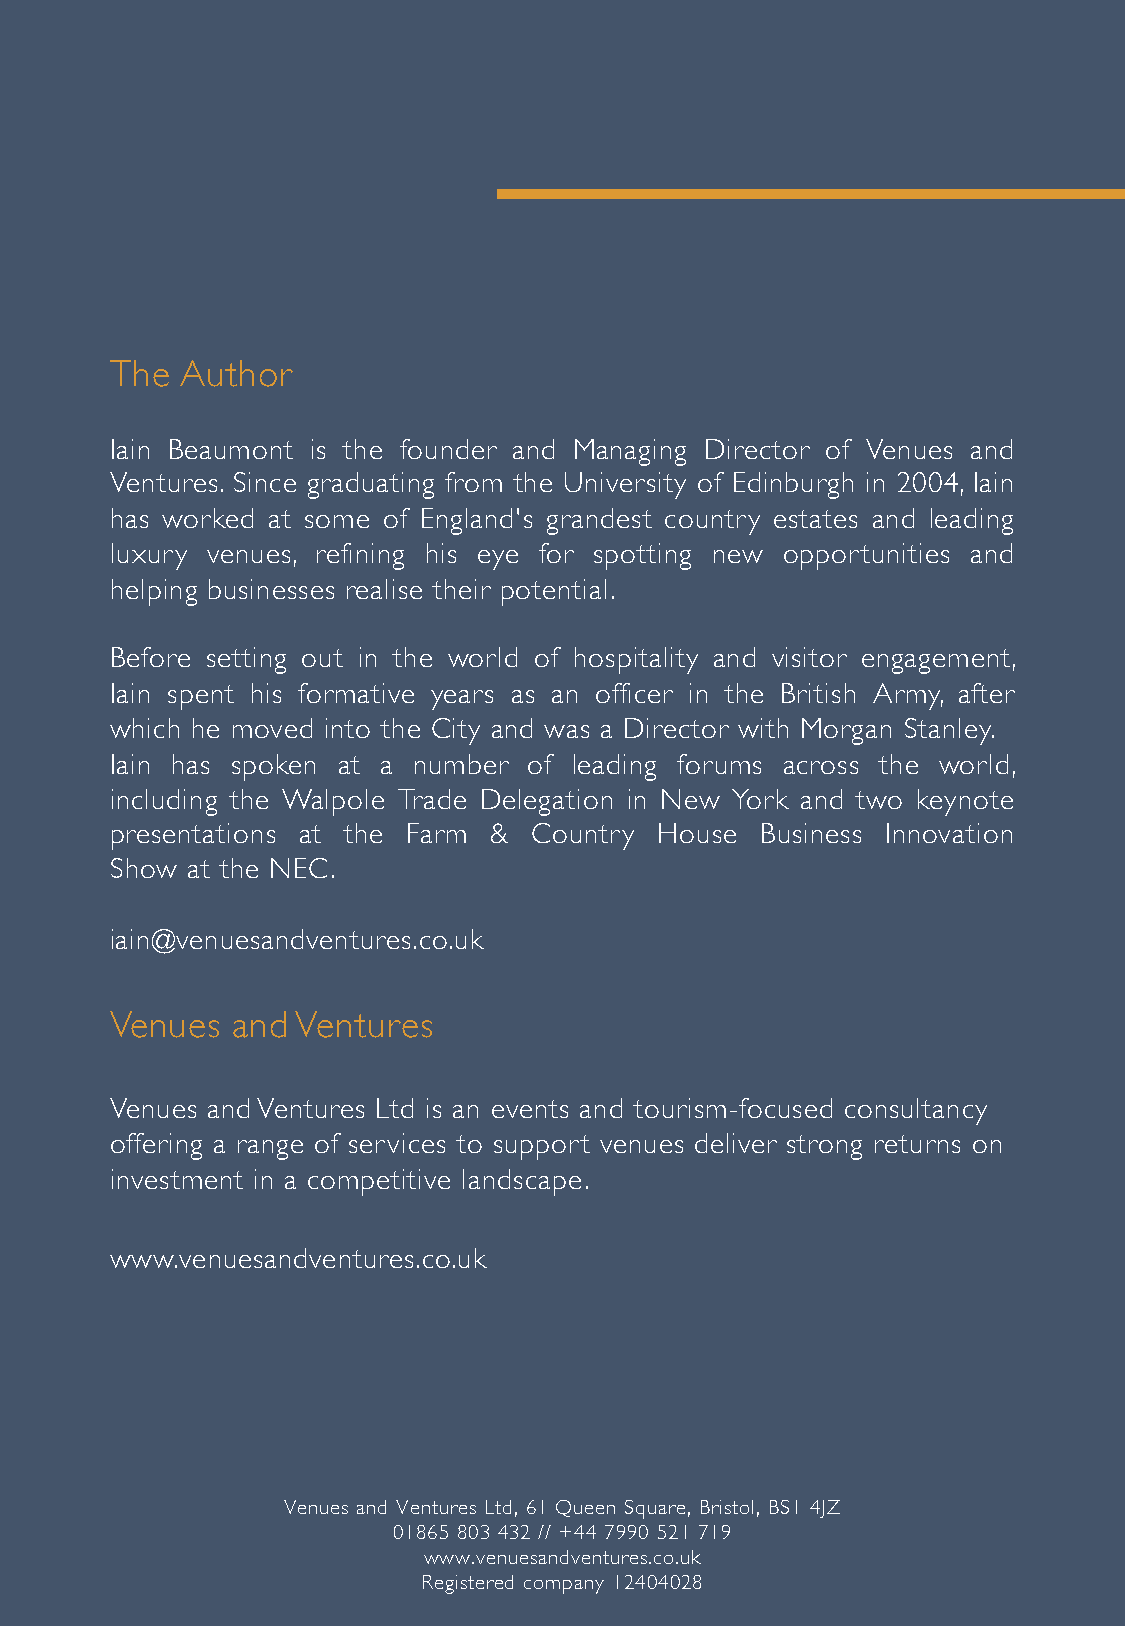
The  Author
 Iain Beaumont is the founder and Managing Director of Venues and
 Ventures. Since graduating from the University of Edinburgh in 2004, Iain
 has worked at some of England's grandest country estates and leading
 luxury venues, refining his eye for spotting new opportunities and
 helping businesses realise their potential.
 Before setting out in the world of hospitality and visitor engagement,
 Iain spent his formative years as an officer in the British Army, after
 which he moved into the City and was a Director with Morgan Stanley.
 Iain has spoken at a number of leading forums across the world,
 including the Walpole Trade Delegation in New York and two keynote
 presentations at the Farm & Country  House Business Innovation
 Show at the NEC.
 iain@venuesandventures.co.uk
 Venues  and  Ventures
 Venues and Ventures Ltd is an events and tourism-focused consultancy
 offering a range of services to support venues deliver strong returns on
 investment in a competitive landscape.
 www.venuesandventures.co.uk
 Venues and Ventures Ltd, 61 Queen Square, Bristol, BS1 4JZ
 01865 803 432 // +44 7990 521 719
 www.venuesandventures.co.uk
 Registered company 12404028